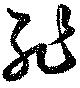
耻